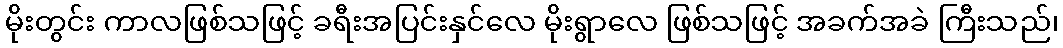
မိုးတွင်း ကာလဖြစ်သဖြင့် ခရီးအပြင်းနှင်လေ မိုးရွာလေ ဖြစ်သဖြင့် အခက်အခဲ ကြီးသည်၊